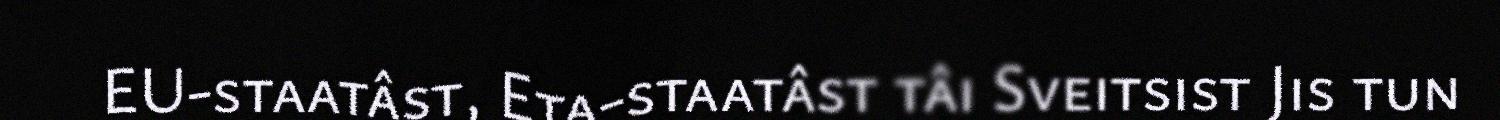
EU-staatâst, Eta-staatâst tâi Sveitsist Jis tun